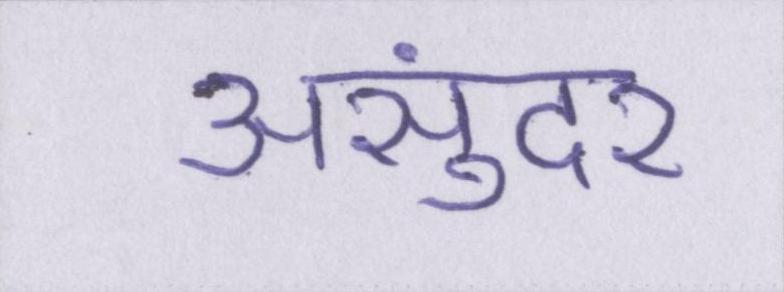
असुंदर